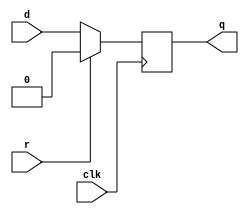
module dff(d,clk,r,q);
input d,clk,r;
output q;

always@(posedge clk)

begin
if(r==1)
q=1'b0;
else
q=d;
end
endmodule